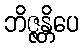
ဘိဇ္ဇန္တိပေ